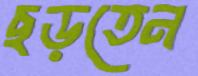
ছড়তেন